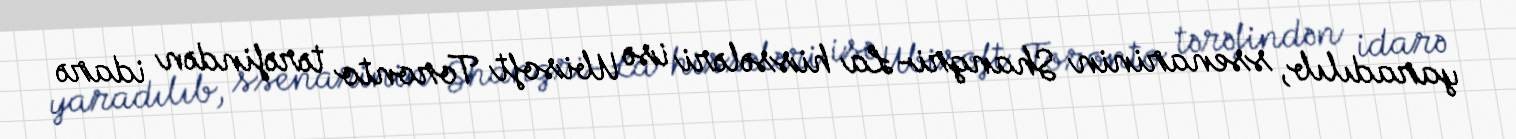
yaradılıb, ssenarinin Shangri-La hissələri isə Ubisoft Toronto tərəfindən idarə